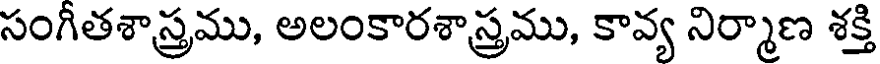
సంగీతశాస్త్రము, అలంకారశాస్త్రము, కావ్య నిర్మాణ శక్తి